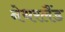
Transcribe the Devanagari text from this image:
नेथरलैंड